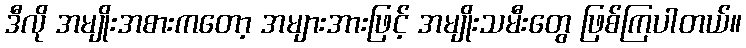
ဒီလို အမျိုးအစားကတော့ အများအားဖြင့် အမျိုးသမီးတွေ ဖြစ်ကြပါတယ်။